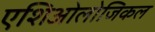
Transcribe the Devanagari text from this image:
एशिओलोजिकल